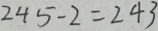
2 4 5 - 2 = 2 4 3